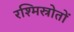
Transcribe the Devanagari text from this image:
रश्मिस्रोतों